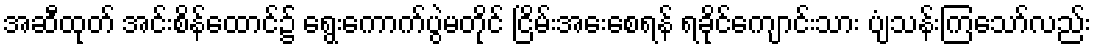
အဆီထုတ် အင်းစိန်ထောင်၌ ရွေးကောက်ပွဲမတိုင် ငြိမ်းအေးစေရန် ရခိုင်ကျောင်းသား ပျံသန်းကြသော်လည်း